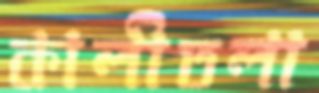
কালীতলা